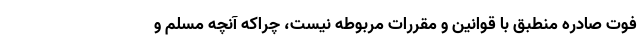
فوت صادره منطبق با قوانین و مقررات مربوطه نیست، چراکه آنچه مسلم و